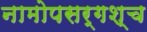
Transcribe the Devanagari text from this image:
नामोपसर्गश्च